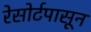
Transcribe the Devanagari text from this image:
रेसोर्टपासून